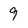
Character: 9